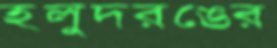
হলুদরঙের